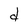
Character: d